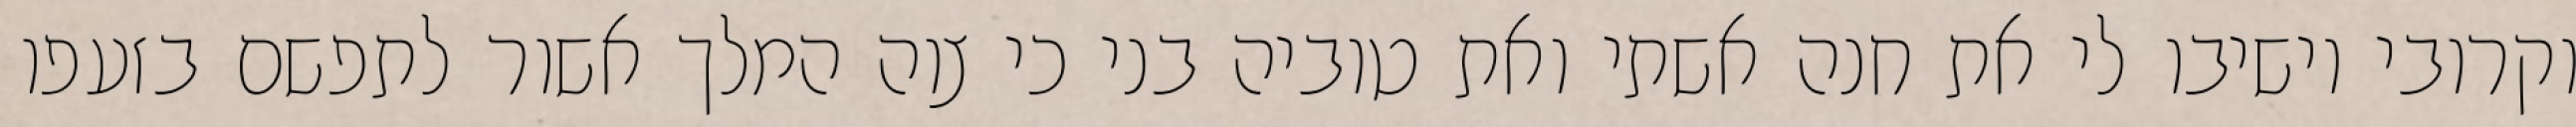
וקרובי וישיבו לי את חנה אשתי ואת טוביה בני כי צוה המלך אשור לתפשם בזעפו